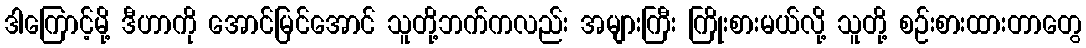
ဒါကြောင့်မို့ ဒီဟာကို အောင်မြင်အောင် သူတို့ဘက်ကလည်း အများကြီး ကြိုးစားမယ်လို့ သူတို့ စဉ်းစားထားတာတွေ